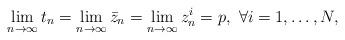
LaTeX: \begin{align*}\lim\limits_{n\to\infty}t_n=\lim\limits_{n\to\infty}\bar{z}_n=\lim\limits_{n\to\infty}z_n^i=p,~\forall i=1,\ldots,N,\end{align*}